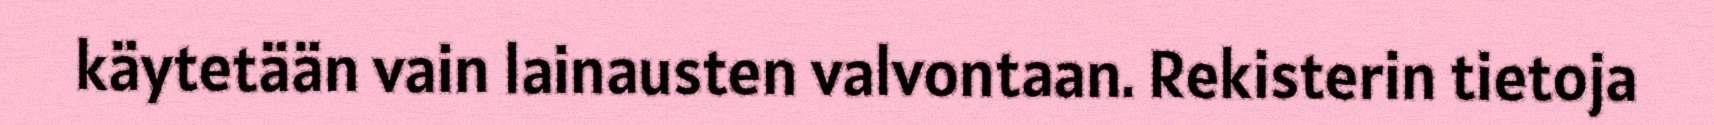
käytetään vain lainausten valvontaan. Rekisterin tietoja